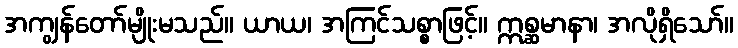
အကျွန်တော်မျိုးမသည်။ ယာယ၊ အကြင်သစ္စာဖြင့်။ ဣစ္ဆမာနာ၊ အလိုရှိသော်။